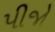
પીજો